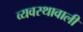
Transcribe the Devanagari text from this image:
व्यवस्थावाली